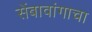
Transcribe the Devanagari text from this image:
सेंबावांगाचा